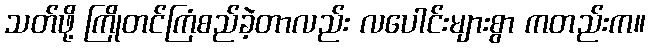
သတ်ဖို့ ကြိုတင်ကြံစည်ခဲ့တာလည်း လပေါင်းများစွာ ကတည်းက။